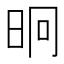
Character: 𭥤